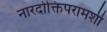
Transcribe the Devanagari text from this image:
नारदोक्तिपरामर्शी